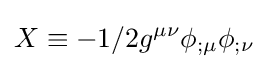
X\equiv -1/2g^{\mu \nu }\phi _{;\mu }\phi _{;\nu }